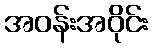
အဝန်းအဝိုင်း